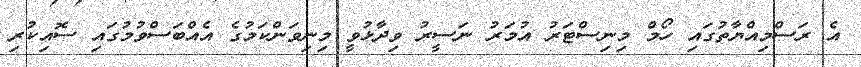
އެ ރަސްމިއްޔާތުގައި ހޯމް މިނިސްޓަރު އުމަރު ނަސީރު ވިދާޅުވީ މިނިވަންކަމުގެ އެއްބަސްވުމުގައި ސޮއިކުރި